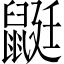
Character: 鼮